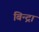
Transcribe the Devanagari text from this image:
बिन्द्रा